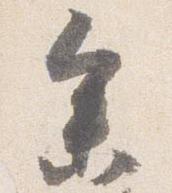
参